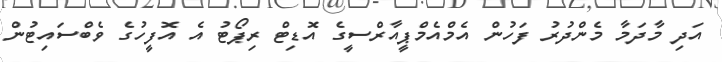
އަދި މާދަމާ މެންދުރު ފަހުން އެމްއެމްޕީއާރްސީގެ އޮޑިޓް ރިޕޯޓު އެ އޮފީހުގެ ވެބްސައިޓުން